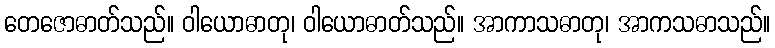
တေဇောဓာတ်သည်။ ဝါယောဓာတု၊ ဝါယောဓာတ်သည်။ အာကာသဓာတု၊ အာကသဓာသည်။